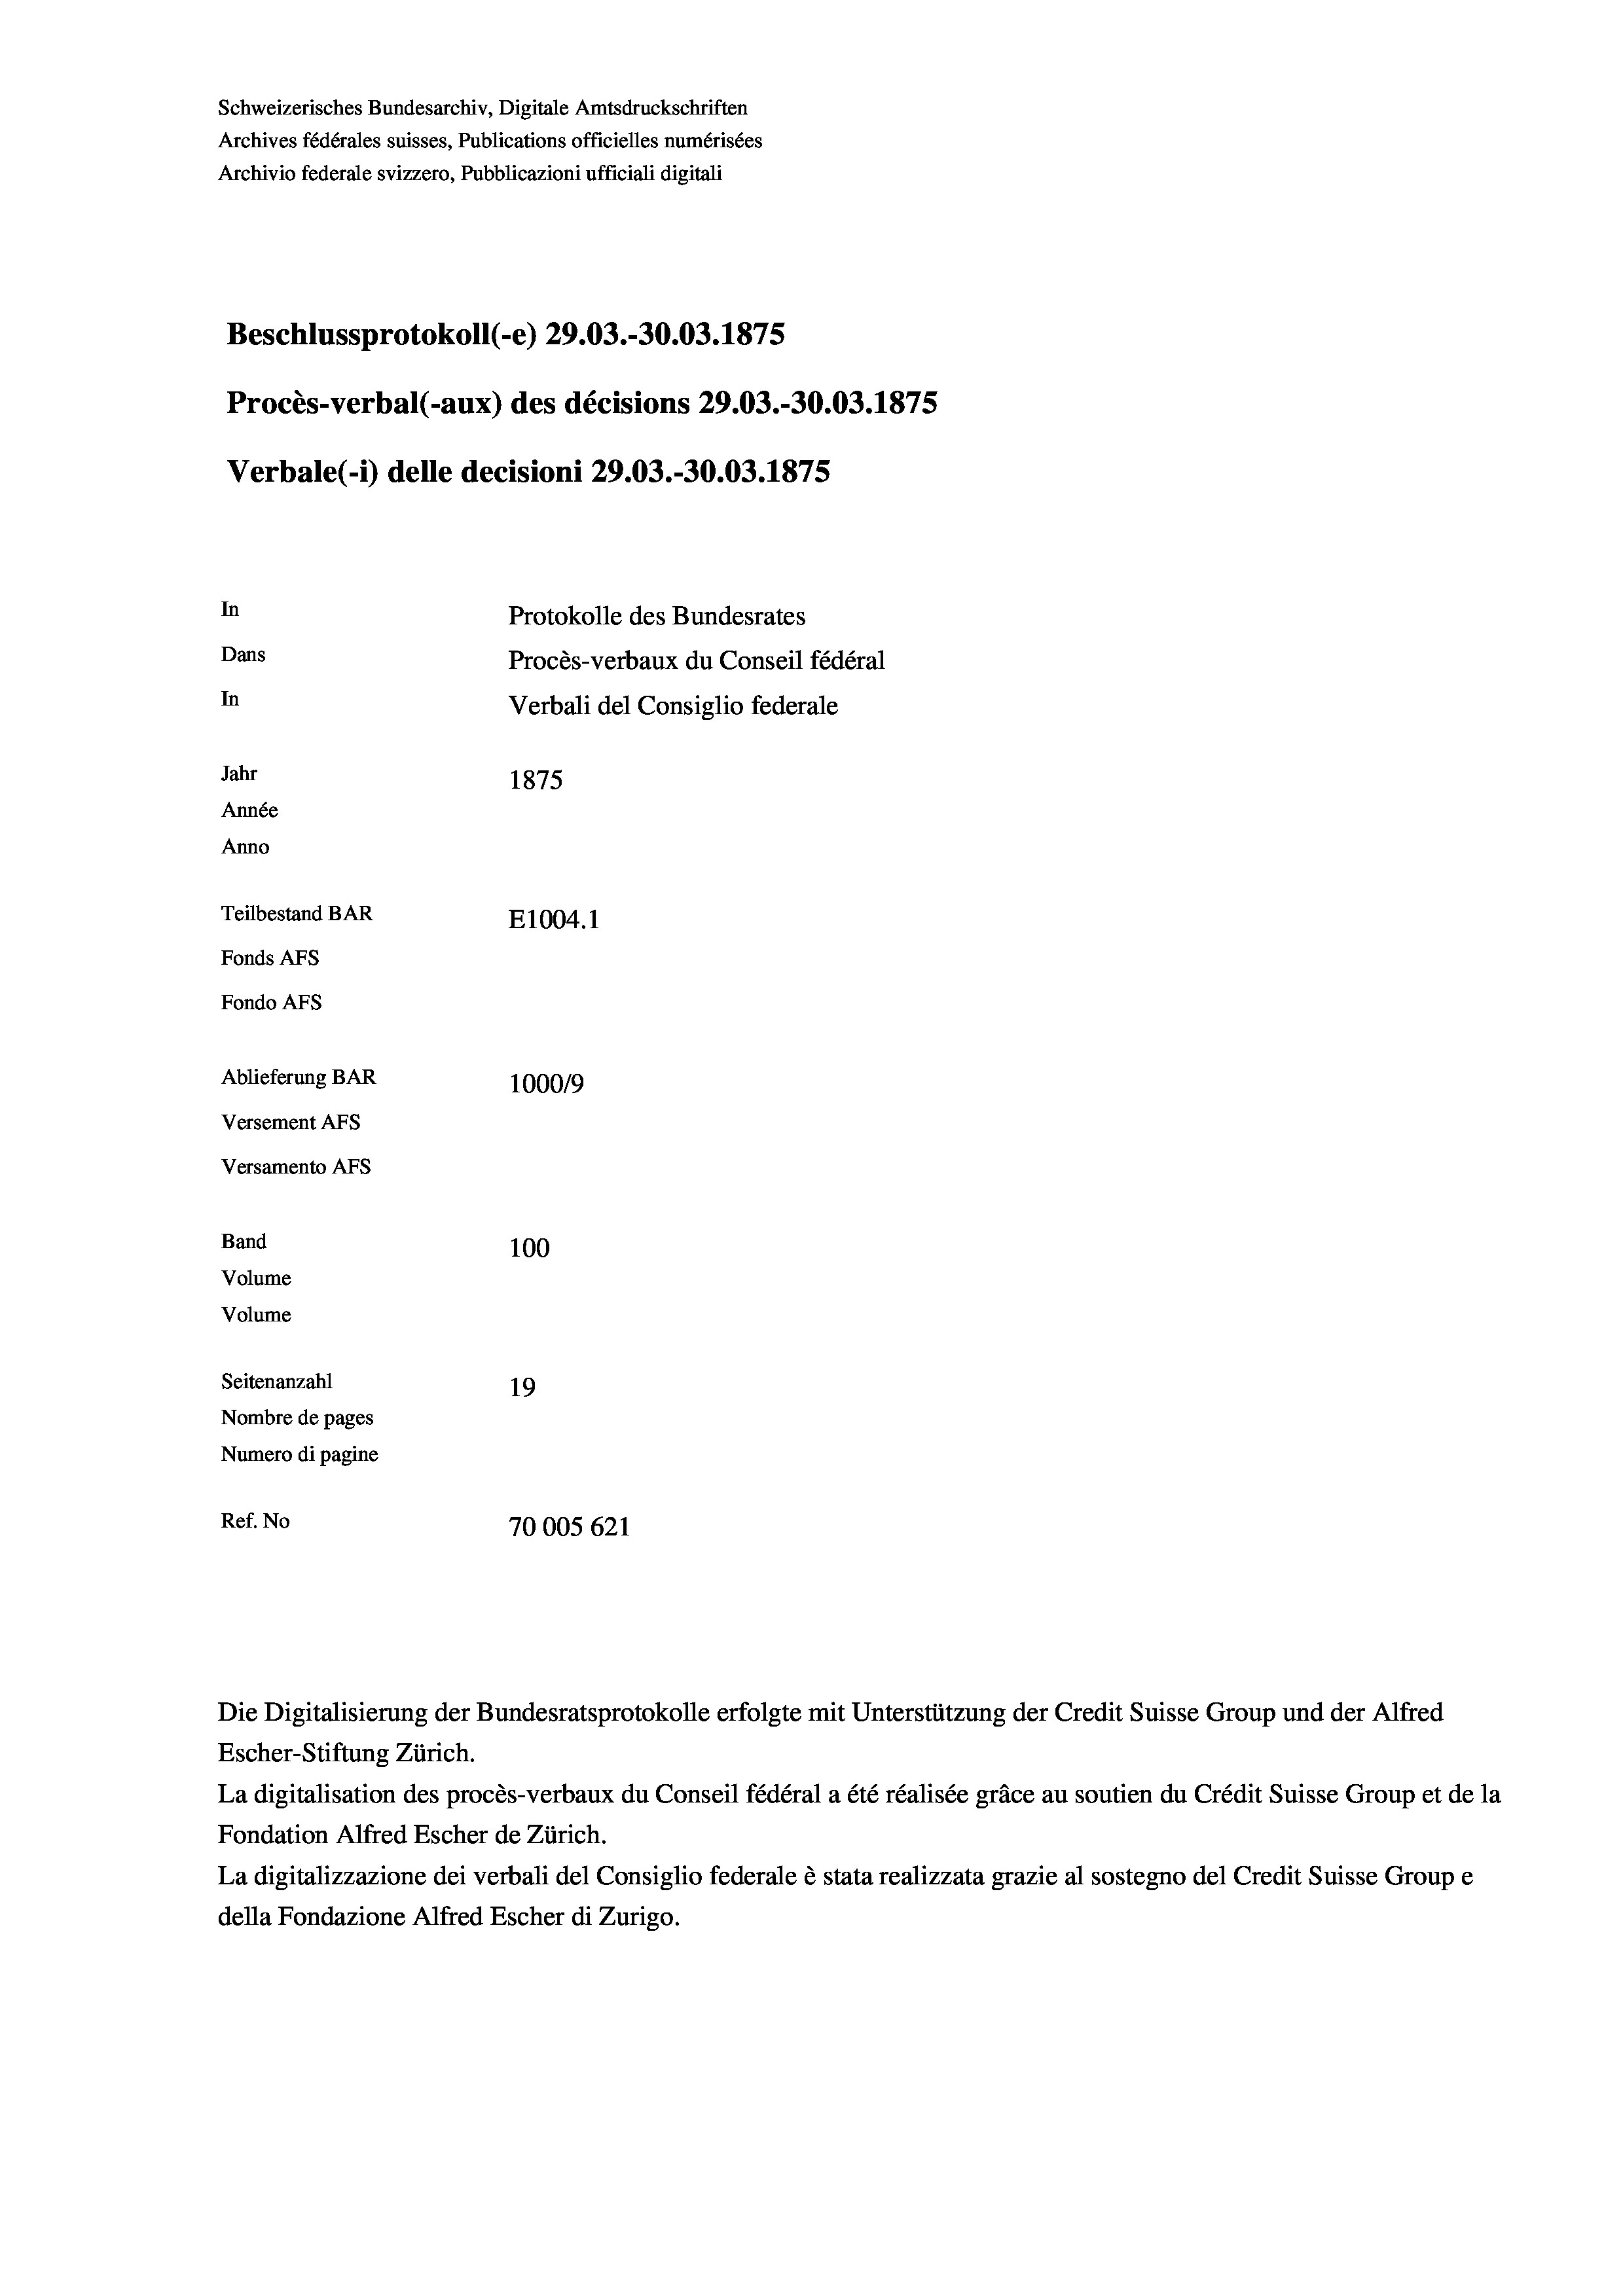
Schweizerisches Bundesarchiv, Digitale Amtsdruckschriften
Archives fédérales suisses, Publications officielles numérisées
Beschlussprotokoll (-e) 29.03.-30.03. 1875
Procès-verbal (-aux) des décisions 29.03.-30.03. 1875
In
Protokolle des Bundesrates
Dans
Procès-verbaux du Conseil fédéral
In
Verbali del Consiglio federale
Jahr
1875
Année
Anno
Teilbestand BAR
E1004. 1
Fonds AFs
Fondo Afs

Ablieferung BAR
Versement AFs
Versamento AFs
Band
Volume
Volume

100019
100
Seitenanzahl
19
Nombre de pages
Numero di pagine
Ref. No
70005 621

Archivio federale svizzero, Pubblicazioni ufficiali digitali

Verbale(- 1) delle decisioni 29.03.-30.03. 1875

Die Digitalisierung der Bundesratsprotokolle erfolgte mit Unterstützung der Credit Suisse Group und der Alfred
Escher-Stiftung Zürich.
La digitalisation des procès-verbaux du Conseil fédéral a été réalisée gräce au soutien du Crédit Suisse Group et de la
Fondation Alfred Escher de Zürich.
La digitalizzazione dei verbali del Consiglio federale è stata realizzata grazie al sostegno del Credit Suisse Groupe
della Fondazione Alfred Escher di Zurigo.